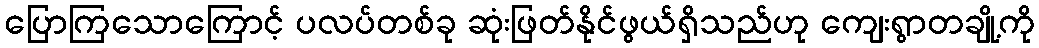
ပြောကြသောကြောင့် ပလပ်တစ်ခု ဆုံးဖြတ်နိုင်ဖွယ်ရှိသည်ဟု ကျေးရွာတချို့ကို